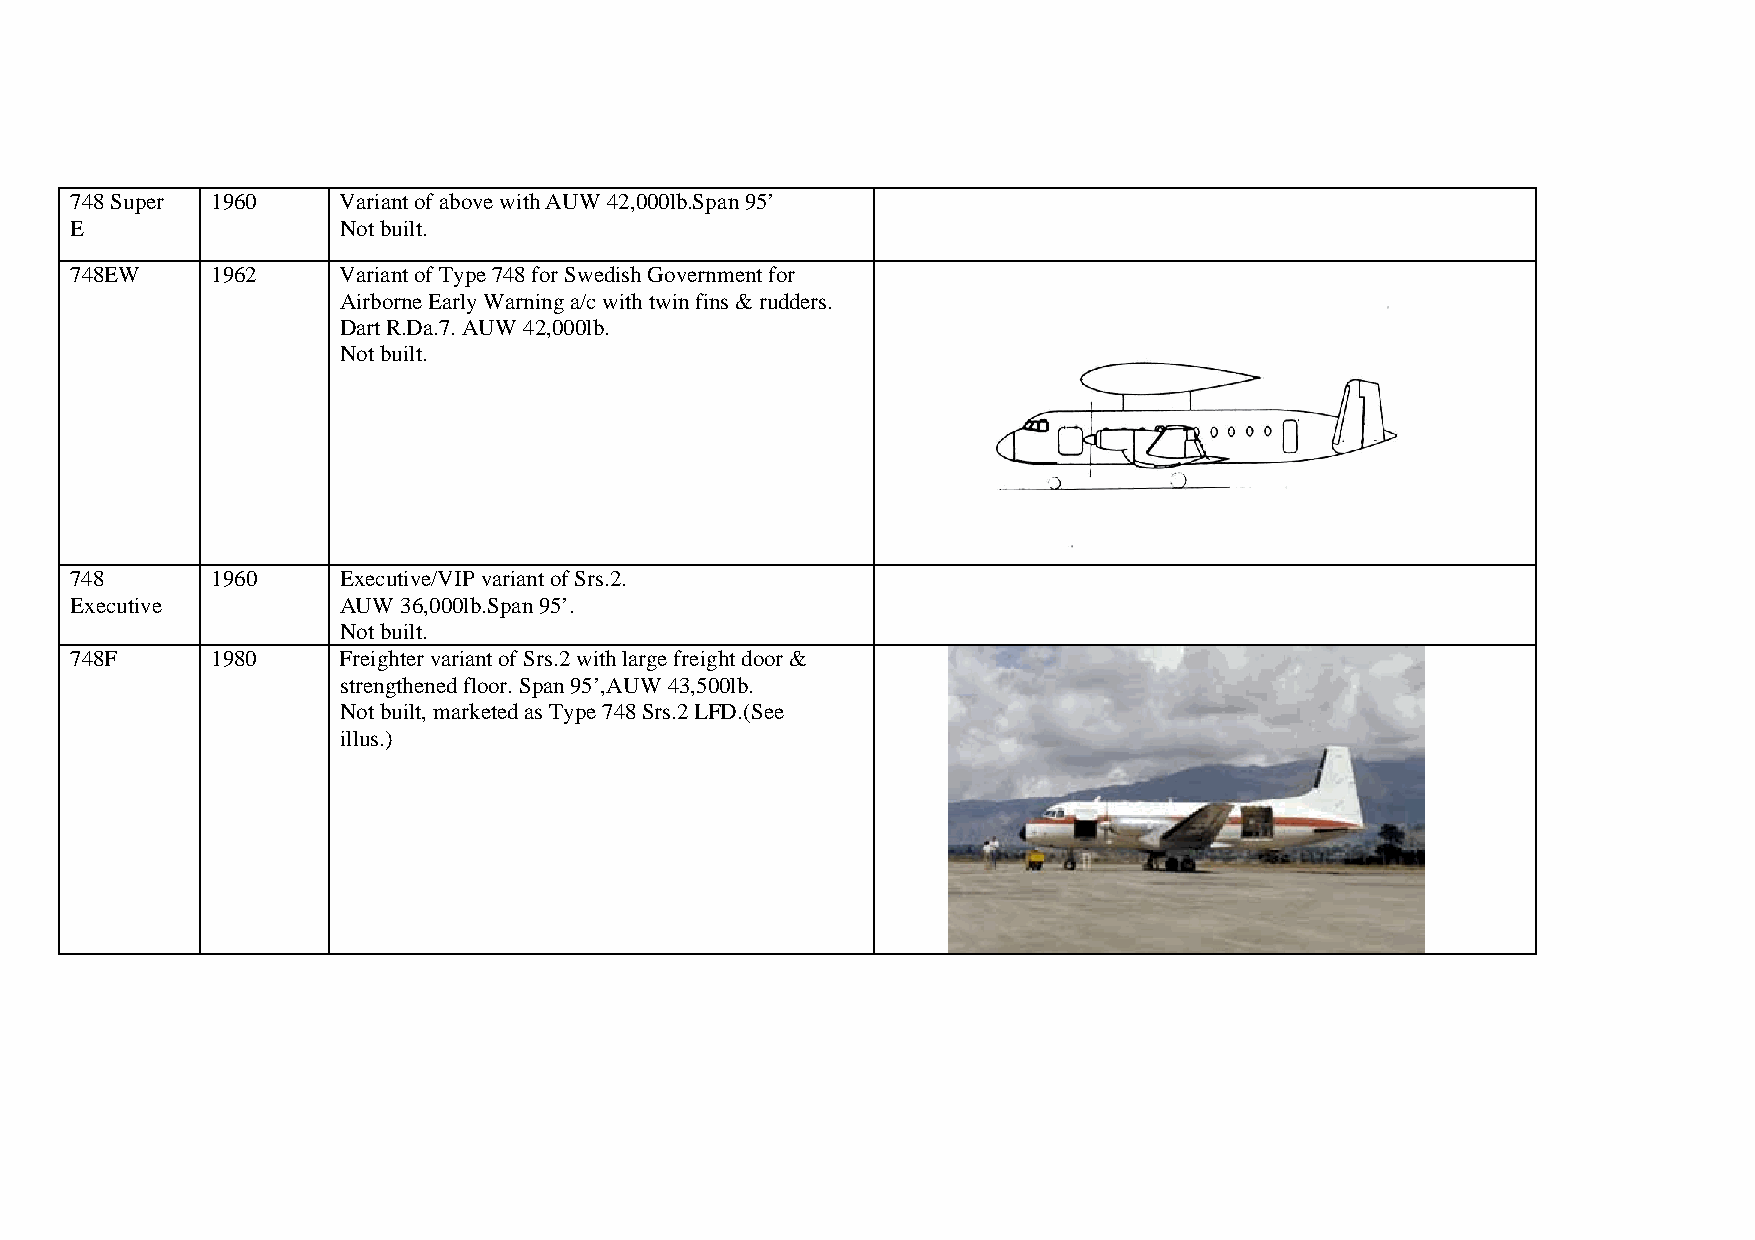
748 Super 1960   Variant of above with AUW 42,000lb.Span 95’
 E                Not built.
 748EW    1962    Variant of Type 748 for Swedish Government for
 Airborne Early Warning a/c with twin fins & rudders.
 Dart R.Da.7. AUW 42,000lb.
 Not built.
 748      1960    Executive/VIP variant of Srs.2.
 Executive        AUW 36,000lb.Span 95’.
 Not built.
 748F     1980    Freighter variant of Srs.2 with large freight door &
 strengthened floor. Span 95’,AUW 43,500lb.
 Not built, marketed as Type 748 Srs.2 LFD.(See
 illus.)